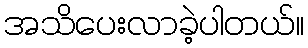
အသိပေးလာခဲ့ပါတယ်။